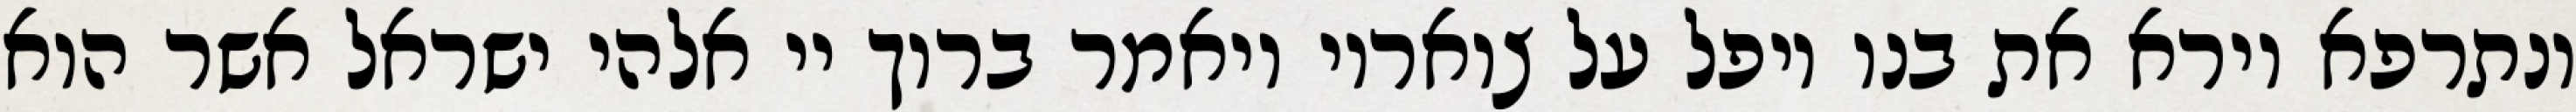
ונתרפא וירא את בנו ויפל על צואריו ויאמר ברוך יי אלהי ישראל אשר הוא